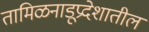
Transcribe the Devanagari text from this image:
तामिळनाडूप्रदेशातील